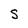
Character: S